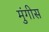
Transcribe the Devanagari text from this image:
मुंगीस